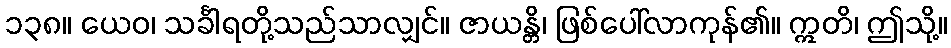
၁၃၈။ ယေဝ၊ သင်္ခါရတို့သည်သာလျှင်။ ဇာယန္တိ၊ ဖြစ်ပေါ်လာကုန်၏။ ဣတိ၊ ဤသို့။